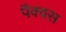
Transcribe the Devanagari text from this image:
पैक्वस